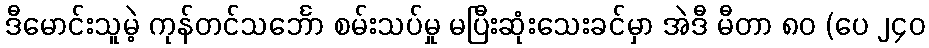
ဒီမောင်းသူမဲ့ ကုန်တင်သင်္ဘော စမ်းသပ်မှု မပြီးဆုံးသေးခင်မှာ အဲဒီ မီတာ ၈၀ (ပေ ၂၄၀